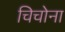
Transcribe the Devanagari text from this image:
चिचोना